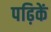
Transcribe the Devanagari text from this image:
पढ़िकें